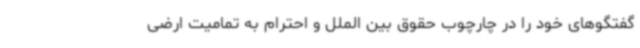
گفتگوهای خود را در چارچوب حقوق بین الملل و احترام به تمامیت ارضی